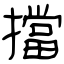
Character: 擋